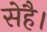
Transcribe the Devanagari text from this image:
सेहै।